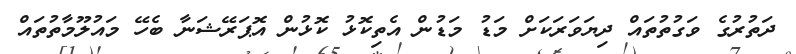
ދަތުރުގެ ވަގުތުތައް ދިޔަވަރަކަށް މަޑު މަޑުން އެތިކޮޅު ކޮޅުން އޮޕަރޭޝަނާ ބެހޭ މައުލޫމާތުތައް